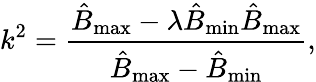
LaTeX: k^{2}=\frac{\hat{B}_{\mathrm{max}}-\lambda\hat{B}_{\mathrm{min}}\hat{B}_{\mathrm{max}}}{\hat{B}_{\mathrm{max}}-\hat{B}_{\mathrm{min}}},